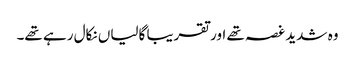
وہ شدید غصہ تھے اور تقریبا گالیاں نکال رہے تھے۔